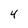
Character: 4